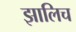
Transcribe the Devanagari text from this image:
झालिच